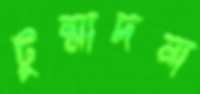
টুন্মাদনা